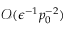
\mathcal { O } ( \epsilon ^ { - 1 } p _ { 0 } ^ { - 2 } )